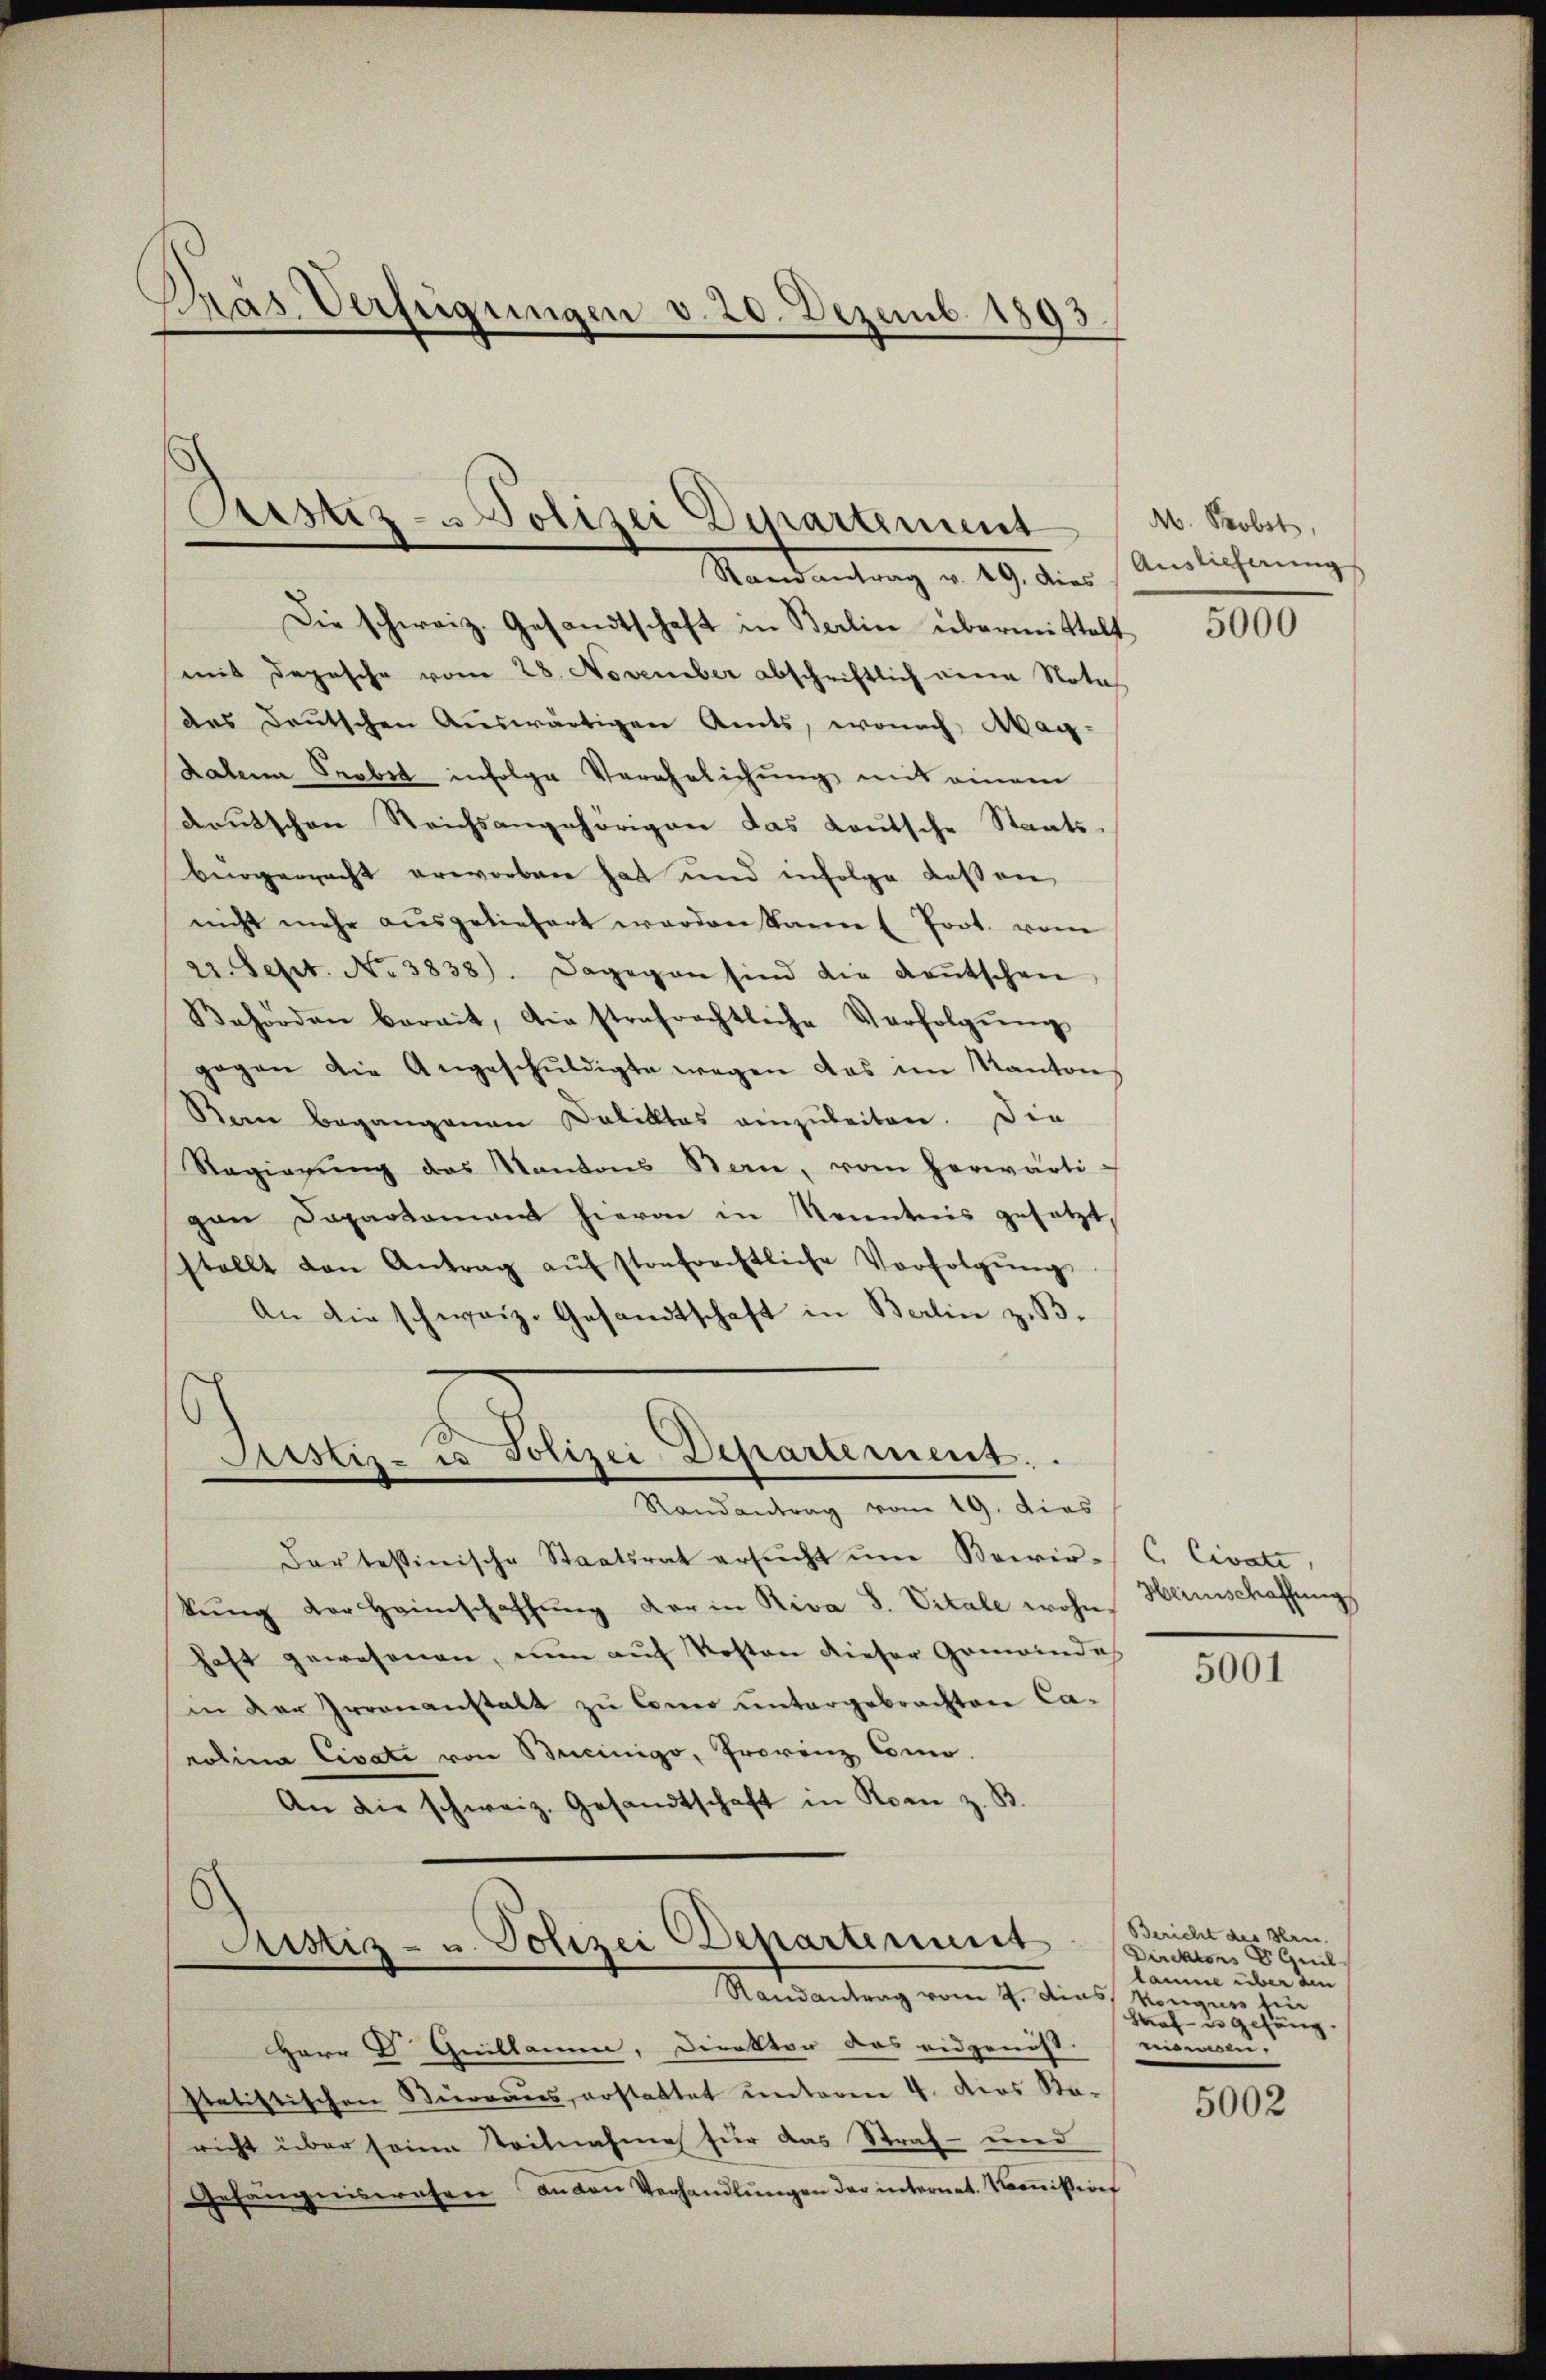
Pras Verfügungen v. 20. Dezemb. 1893.

Ristiz-Polizei Departement
Standantung v. 29. die Auslichung

Die schweiz. Gesandtschaft in Berlin übermittelt
mit Depesche vom 28. November abschriftlich eine Nota
des Deutschen Auswärtigen Amts, wonach Mag¬
Kalen Probst infolge Verehrlichung mit einem
drutschen Reichsangehörigen das Lautsche Staats-
Bürgerracht erworben hat und infolge deßen
nicht mehr aŭsgeliefert werden kann (fort. vom
22. Sept. No. 3838). Dagegen sind die Keṅtschen
Behörden berait, die strafrechtliche Verfolgung
gegen die Angeschŭldigte wegen das im Kanton
Bern begangenen Deliktes einzubeiten. Die
Regierŭng des Kantons Stern, vom herwärti-
pan Departamant hieran in Kenntnis gesetzt,
stellt den Antrag aŭf stofrechtliche Vorfolgŭng
An die schweiz. Gesandtschaft in Berlin z. B.

Justiz- u Polizei Departement.
Randantrag vom 19. dies

Justiz- u. Polizei Departement
Randantrag vom 2. das Konguss sein

dar tessinische Staatsrat ersŭcht ŭm Bewir-C. Civate
kŭng der Heimschaffŭng der in Riva S. Vitale wohn Heimschaffung
haft gewesenen, nun auf Kosten dieser Gemeindes
in der Irrenanstalt zu Como untergebrachten Ca-
rolina Civati von Beeinigo, Prorenz Como-
An die schweiz. Gesandtschaft in Rom z. B.

Herr D. Quillamen, Direktor das eidgenöss.
statistischen Bürraus, erstattet unterm 4. dies Sta-
richt über seine Teilnahme für das Straf- und
Gefängniswesen anden Verhandlŭngen der internet. Kommißion

M. Probst,

5000

5001

Bericht des Hrn.
Direktions Vanil
laume über den
Straf- u gehäng.
niswesen.

5002